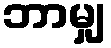
ဘာမျှ